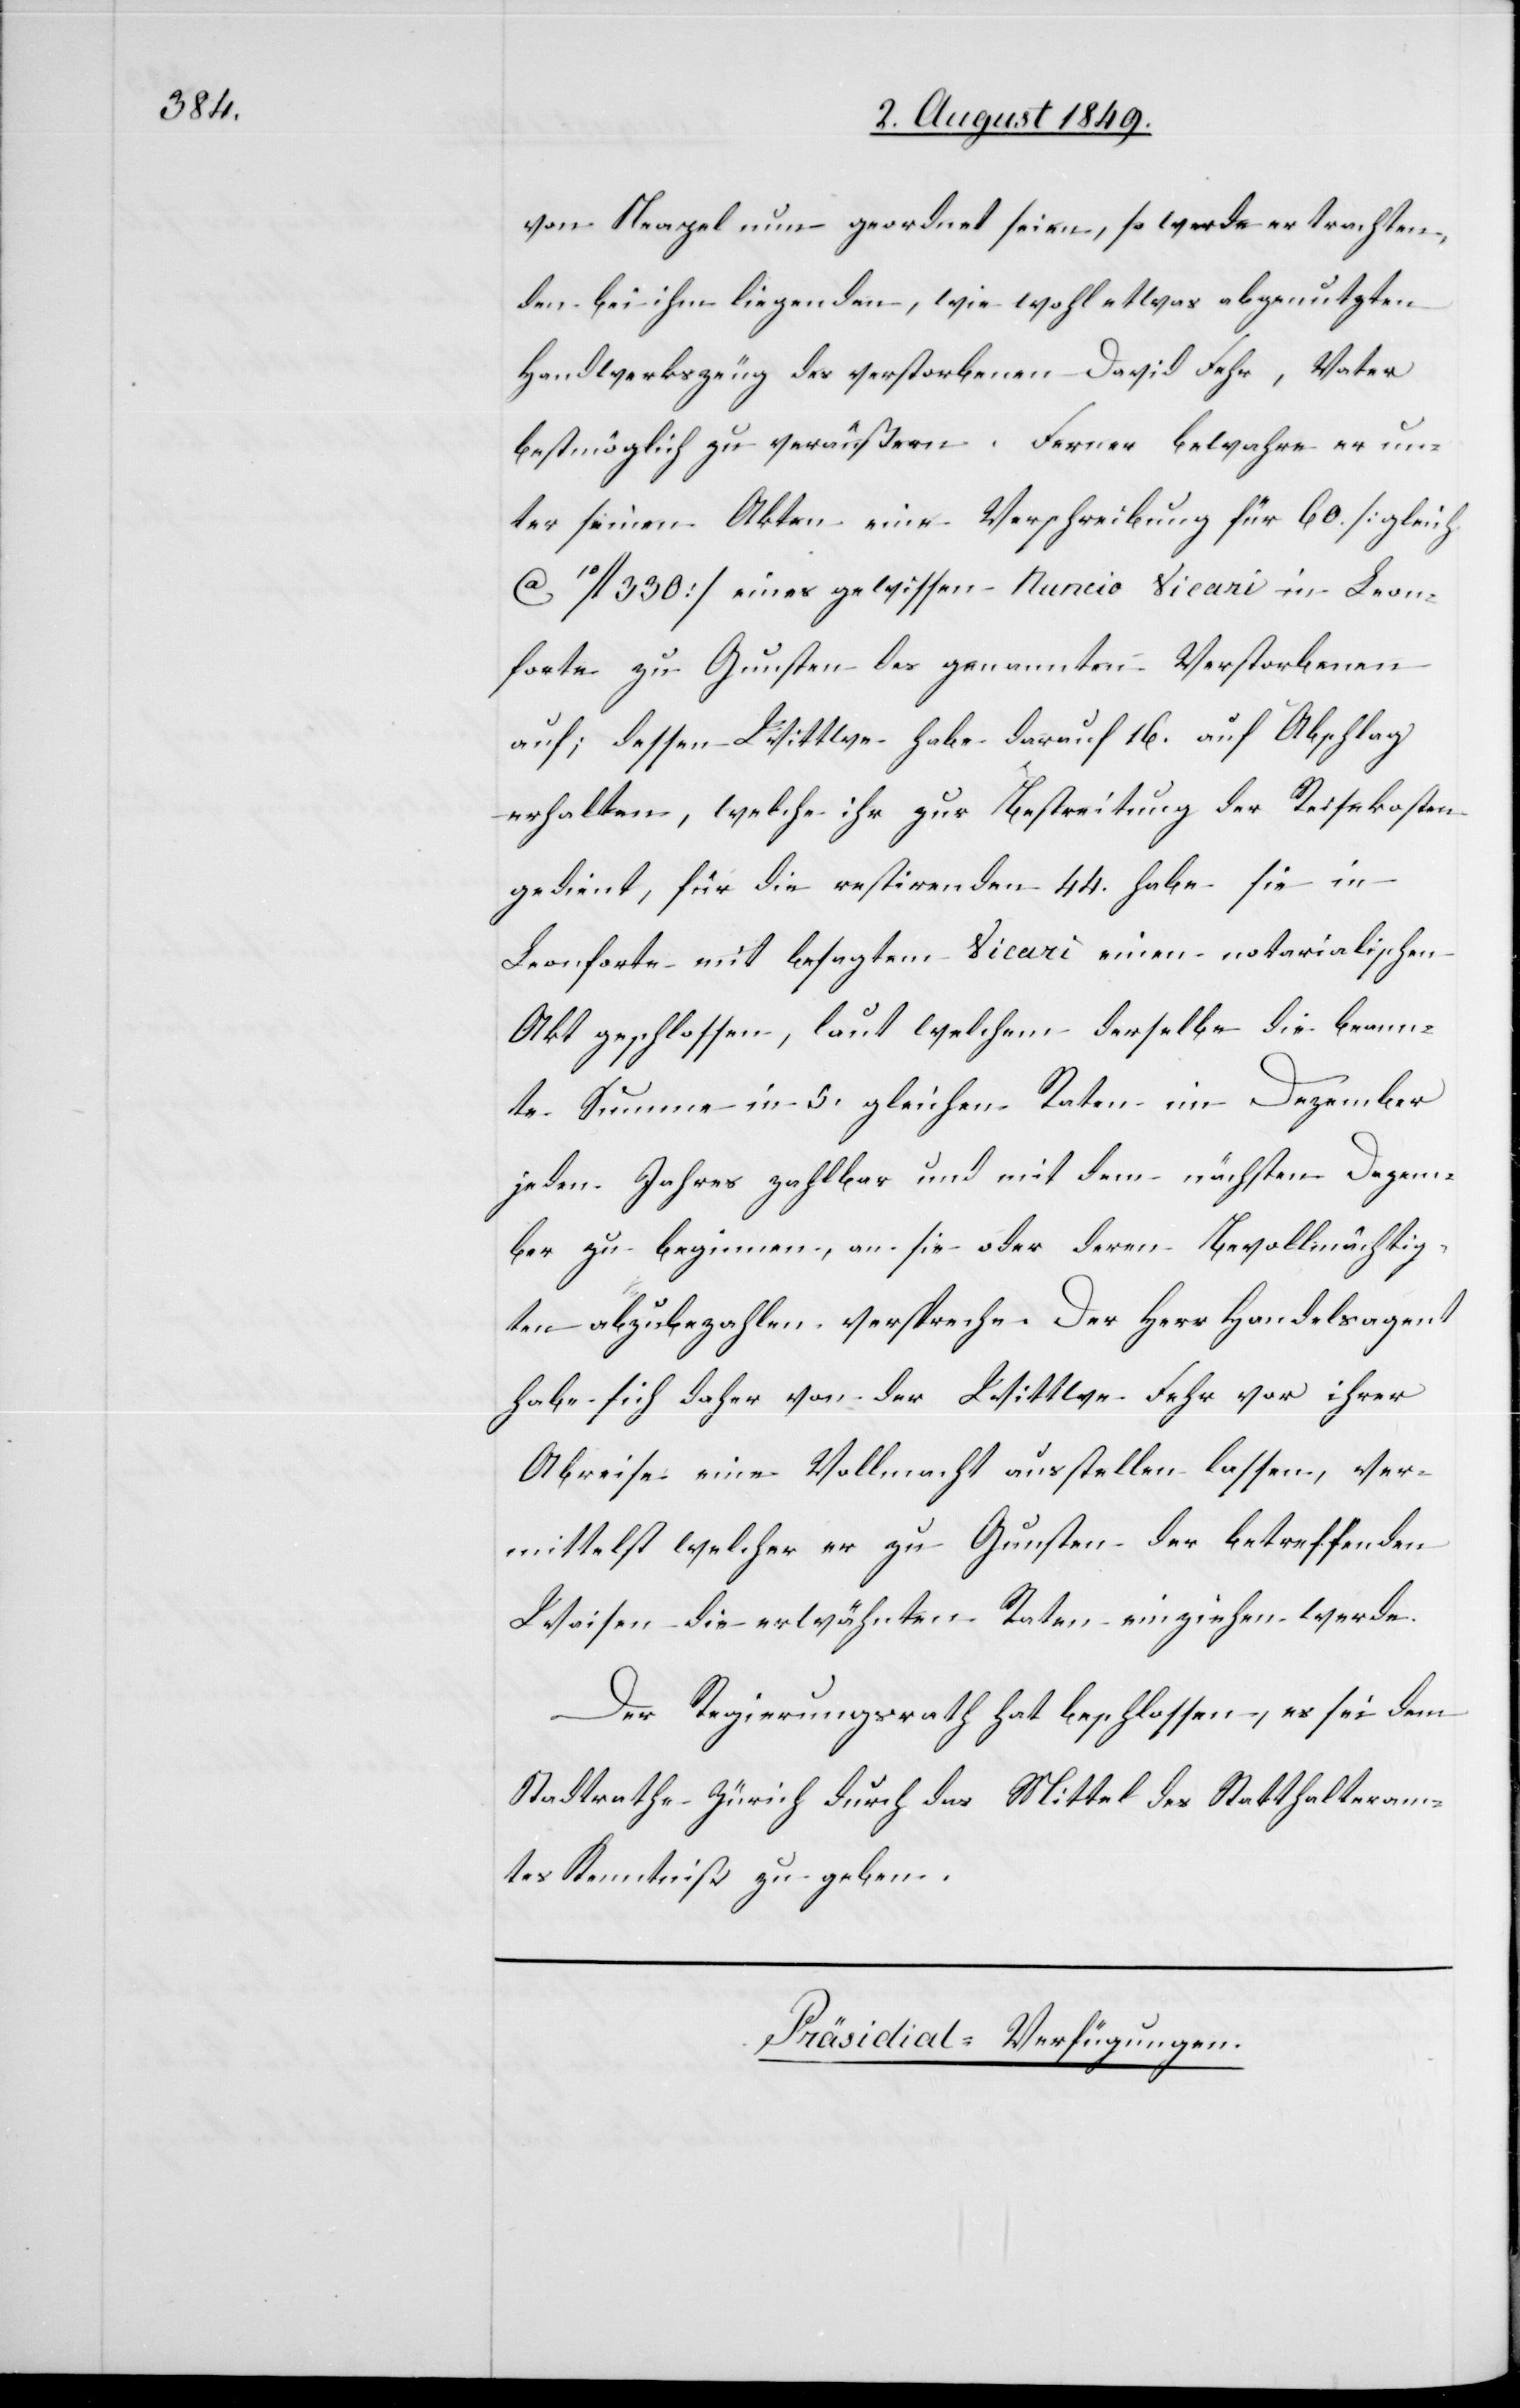
von Neapel nun geordnet seien, so werde er trachten,
den bei ihm liegenden, wie wohl etwas abgenutzten
Handwerkszeug des verstorbenen David Fehr, Vater
bestmöglich zu veräußern. Ferner bewahre er un¬
ter seinen Akten eine Verschreibung für 60 [gleich
ca 10fl. 330] eines gewissen Nuncio Vicari in Leon¬
forte zu Gunsten des genannten Verstorbenen
auf; dessen Wittwe habe darauf 16. auf Abschlag
erhalten, welche ihr zur Bestreitung der Restkosten
gedient, für die restirenden 44. habe sie in
Leonforte mit besagtem Vicari einen notarialischen
Akt geschlossen, laut welchem derselbe die be[n]an¬
nte Summe in 5. gleichen Raten im Dezember
jeden Jahres zahlbar und mit dem nächsten Dezem¬
ber zu beginnen, an sie oder deren Bevollmächtig¬
ten abzubezahlen verspreche. Der Herr Handelsagent
habe sich daher von der Wittwe Fehr vor ihrer
Abreise eine Vollmacht ausstellen lassen, ver¬
mittelst welcher er zu Gunsten der betreffenden
Waisen die erwähnten Raten einziehen werde.
Der Regierungsrath hat beschlossen, es sei dem
Stadtrathe Zürich durch das Mittel des Statthalteram¬
tes Kenntniß zu geben.
Präsidial-Verfügungen.